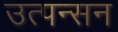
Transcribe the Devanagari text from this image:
उत्पन्सन